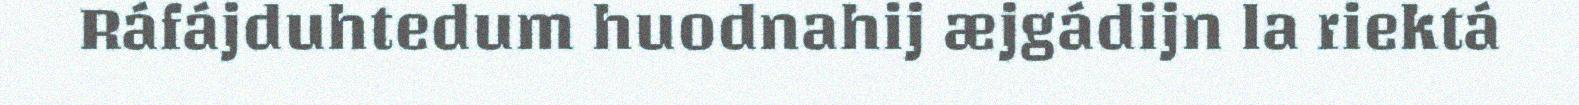
Ráfájduhtedum huodnahij æjgádijn la riektá